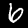
Digit: 6